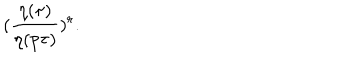
( \frac { \eta ( { \tau } ) } { \eta ( p \tau ) } ) ^ { r } .